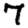
Digit: 7